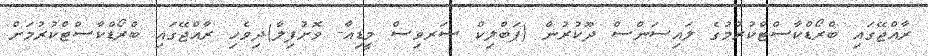
ރާއްޖޭގައި ބްރޯޑްކާސްޓްކުރުމުގެ ލައިސަންސް ދޫކުރުން (ޕަބްލިކް ސަރވިސް މީޑިއާ- ވޮށުފިލާ)ދިވެހި ރާއްޖޭގައި ބްރޯޑްކާސްޓްކުރުމަށް